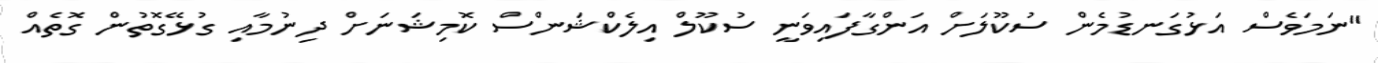
"ނަމަވެސް އަޅުގަނޑުމެން ސުކޫލަށް އަންގާފައިވަނީ ސުކޫލް އިލެކްޝަންސް ކޮމިޝަނަށް ދިނުމާއި ގުޅޭގޮތުން ގޮތެއް